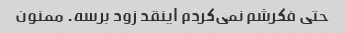
حتی فکرشم نمی‌کردم اینقد زود برسه. ممنون